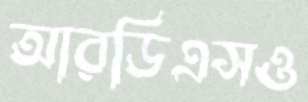
আরডিএসও